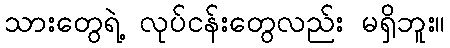
သားတွေရဲ့ လုပ်ငန်းတွေလည်း မရှိဘူး။